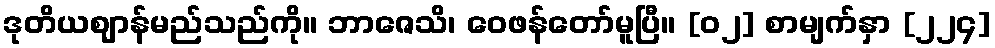
ဒုတိယဈာန်မည်သည်ကို။ ဘာဇေသိ၊ ဝေဖန်တော်မူပြီ။ [၀၂] စာမျက်နှာ [၂၂၄]